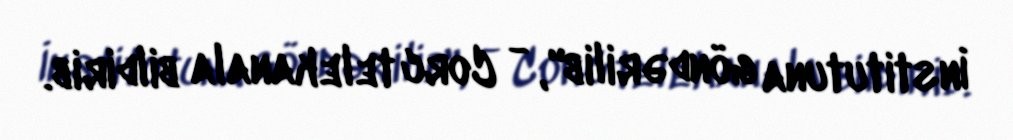
İnstitutuna göndərilib", - Corc telekanala bildirib.